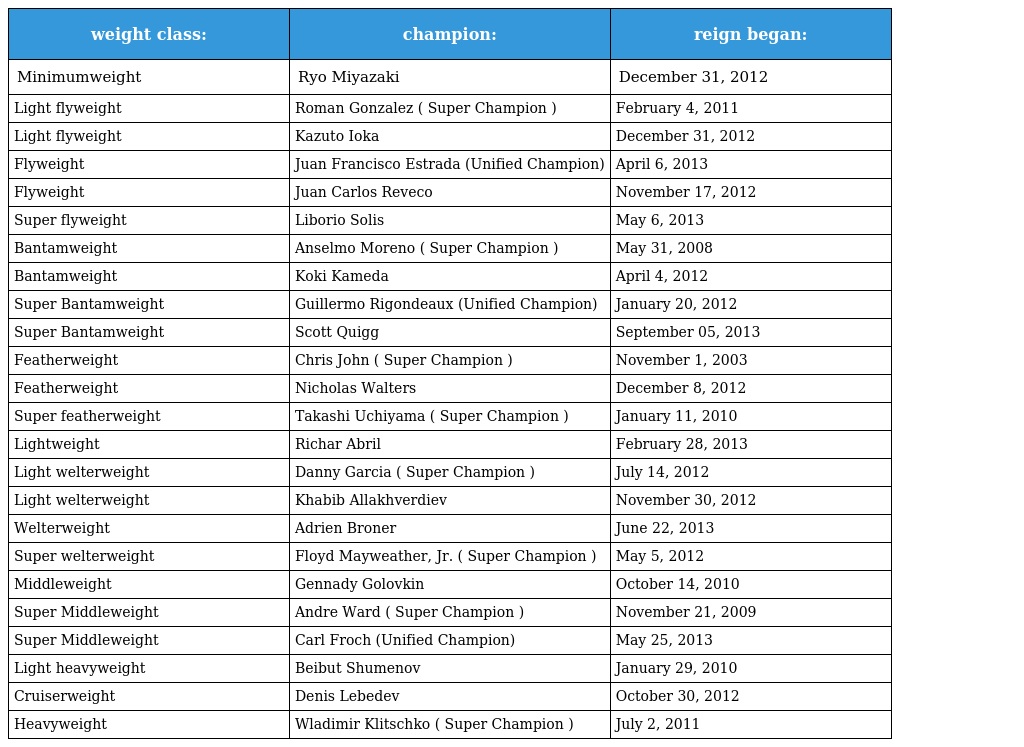
| weight class: | champion: | reign began: |
 | --- | --- | --- |
 | Minimumweight | Ryo Miyazaki | December 31, 2012 |
 | Light flyweight | Roman Gonzalez ( Super Champion ) | February 4, 2011 |
 | Light flyweight | Kazuto Ioka | December 31, 2012 |
 | Flyweight | Juan Francisco Estrada (Unified Champion) | April 6, 2013 |
 | Flyweight | Juan Carlos Reveco | November 17, 2012 |
 | Super flyweight | Liborio Solis | May 6, 2013 |
 | Bantamweight | Anselmo Moreno ( Super Champion ) | May 31, 2008 |
 | Bantamweight | Koki Kameda | April 4, 2012 |
 | Super Bantamweight | Guillermo Rigondeaux (Unified Champion) | January 20, 2012 |
 | Super Bantamweight | Scott Quigg | September 05, 2013 |
 | Featherweight | Chris John ( Super Champion ) | November 1, 2003 |
 | Featherweight | Nicholas Walters | December 8, 2012 |
 | Super featherweight | Takashi Uchiyama ( Super Champion ) | January 11, 2010 |
 | Lightweight | Richar Abril | February 28, 2013 |
 | Light welterweight | Danny Garcia ( Super Champion ) | July 14, 2012 |
 | Light welterweight | Khabib Allakhverdiev | November 30, 2012 |
 | Welterweight | Adrien Broner | June 22, 2013 |
 | Super welterweight | Floyd Mayweather, Jr. ( Super Champion ) | May 5, 2012 |
 | Middleweight | Gennady Golovkin | October 14, 2010 |
 | Super Middleweight | Andre Ward ( Super Champion ) | November 21, 2009 |
 | Super Middleweight | Carl Froch (Unified Champion) | May 25, 2013 |
 | Light heavyweight | Beibut Shumenov | January 29, 2010 |
 | Cruiserweight | Denis Lebedev | October 30, 2012 |
 | Heavyweight | Wladimir Klitschko ( Super Champion ) | July 2, 2011 |